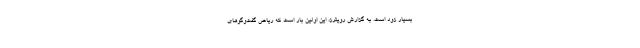
بسیار زود است. به گزارش رویترز، این اولین بار است که ریاض گفت‌وگوهای